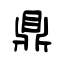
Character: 鼎